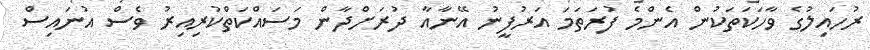
ރުހައިލުގެ ވާހަކަތަކުން އެންމެ ފުރަތަމަ އަރުފީނު އޭނާއާ ދުރަށްދާން މަސައްކަތްކުރިއިރު ވެސް އުނައިސް